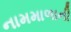
નામમાળાની